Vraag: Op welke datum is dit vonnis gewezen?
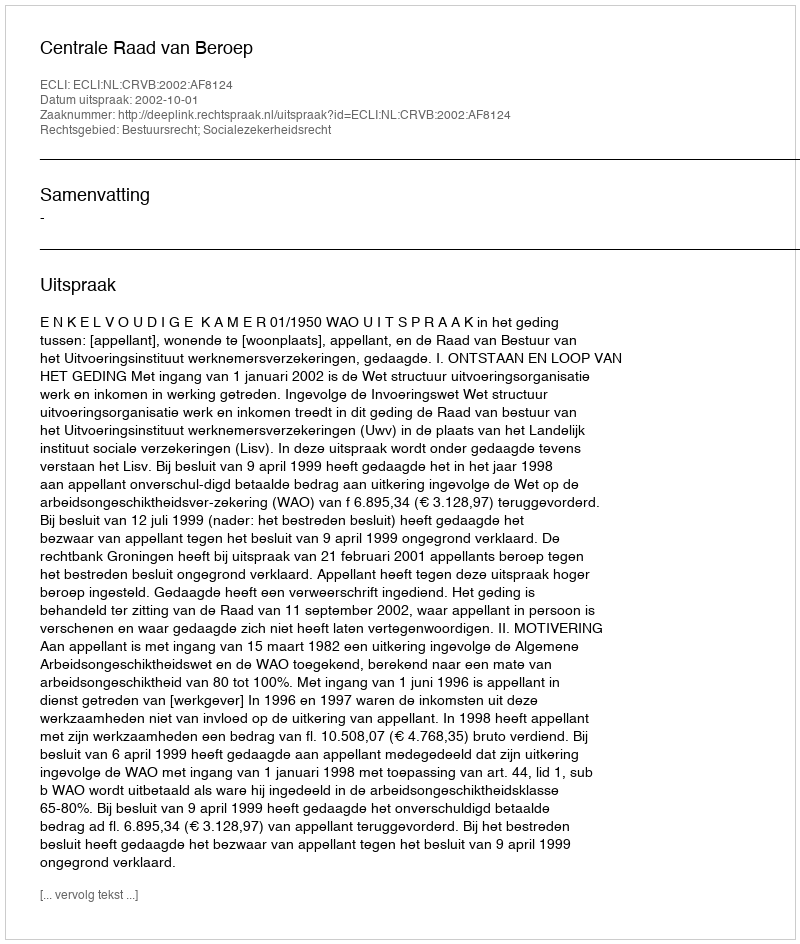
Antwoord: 2002-10-01